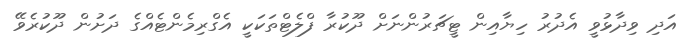
އަދި ވިދާޅުވީ އެދުރު ހިޔާއިން ޓީޗަރުންނަށް ދޫކުރާ ފްލެޓްތަކަކީ އެގްރިމެންޓެއްގެ ދަށުން ދޫކުރެވޭ